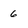
Character: 6